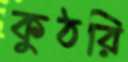
কুঠরি